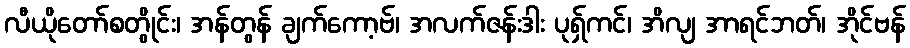
လီယိုတော်စတွိုင်း၊ အန်တွန် ချက်ကော့ဗ်၊ အလက်ဇန်းဒါး ပုရှ်ကင်၊ အိလျ အာရင်ဘတ်၊ အိုင်ဗန်